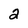
Character: 2